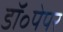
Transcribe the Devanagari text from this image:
डॉ॰पेपर